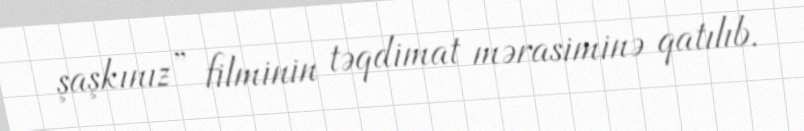
şaşkınız” filminin təqdimat mərasiminə qatılıb.